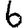
Digit: 6